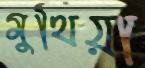
মুথিয়া